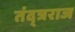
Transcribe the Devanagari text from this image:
तंद्त्रराज